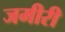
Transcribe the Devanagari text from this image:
जमीरी